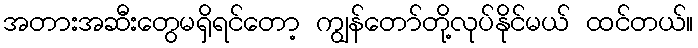
အတားအဆီးတွေမရှိရင်တော့ ကျွန်တော်တို့လုပ်နိုင်မယ် ထင်တယ်။